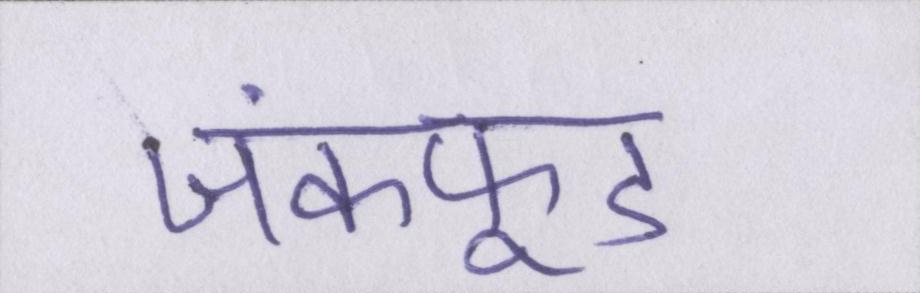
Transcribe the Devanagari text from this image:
जंकफूड